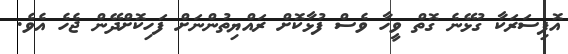
އޮފިސަރަކާ ގުޅޭނެ ގޮތް ވީހާ ވެސް ފުޅާކޮށް ރައްޔިތުންނަށް ފަހިކޮށްދޭން ޖެހެ އެވެ.